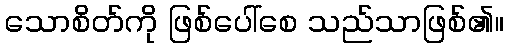
သောစိတ်ကို ဖြစ်ပေါ်စေ သည်သာဖြစ်၏။